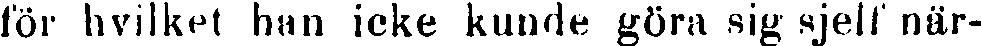
för hvilket han icke kunde göra sig sjelf när-